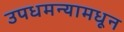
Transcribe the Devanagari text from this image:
उपधमन्यामधून